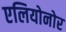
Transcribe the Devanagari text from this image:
एलियोनोर